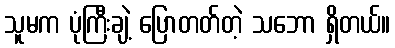
သူမက ပုံကြီးချဲ့ ပြောတတ်တဲ့ သဘော ရှိတယ်။